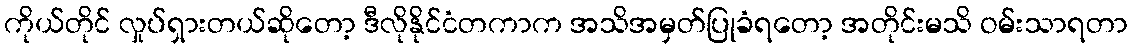
ကိုယ်တိုင် လှုပ်ရှားတယ်ဆိုတော့ ဒီလိုနိုင်ငံတကာက အသိအမှတ်ပြုခံရတော့ အတိုင်းမသိ ဝမ်းသာရတာ